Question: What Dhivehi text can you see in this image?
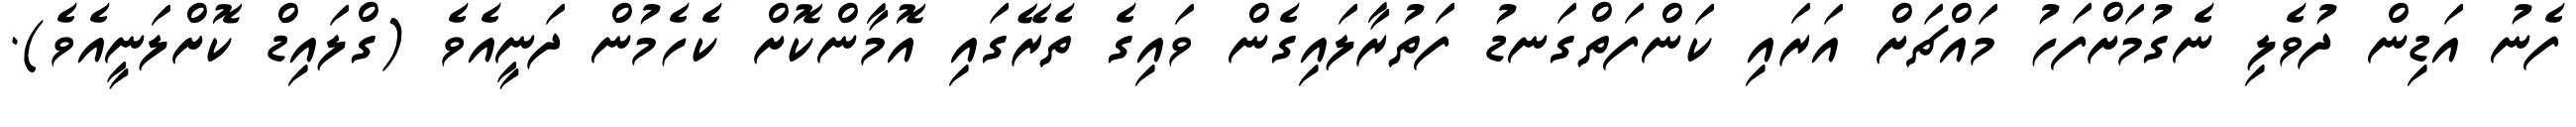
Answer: ފެނު އަޑިން ދުވެލި ނެގުމަށްފަހު މައްޗަށް އަރައި ކަންފަތްގަނޑު ފަތުރާލައިގެން ވައިގެ ތެރޭގައި އޮމާންކޮށް ކެހެމުން ދަނީއެވެ (ގްލައިޑް ކޮށްލަނީއެވެ).